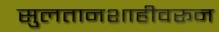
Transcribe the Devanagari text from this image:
सुलतानशाहीवरून